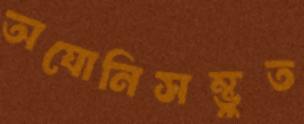
অযোনিসম্ভুত